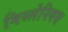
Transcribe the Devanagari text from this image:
मिस्लेनियस